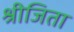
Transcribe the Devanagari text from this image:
श्रीजिता